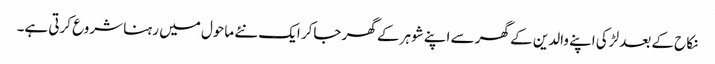
نکاح کے بعد لڑکی اپنے والدین کے گھر سے اپنے شوہر کے گھر جاکر ایک نئے ماحول میں رہنا شروع کرتی ہے۔